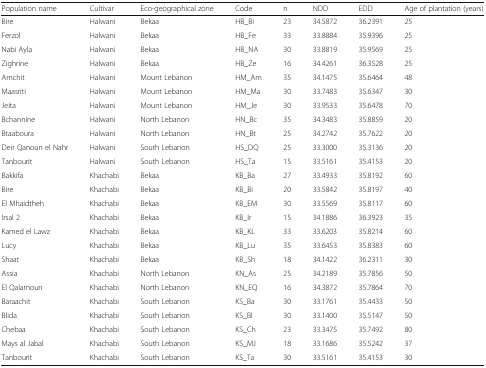
<table><thead><tr><td><b>Population name</b></td><td><b>Cultivar</b></td><td><b>Eco-geographical zone</b></td><td><b>Code</b></td><td><b>n</b></td><td><b>NDD</b></td><td><b>EDD</b></td><td><b>Age of plantation (years)</b></td></tr></thead><tbody><tr><td>Bire</td><td>Halwani</td><td>Bekaa</td><td>HB_Bi</td><td>23</td><td>34.5872</td><td>36.2391</td><td>25</td></tr><tr><td>Ferzol</td><td>Halwani</td><td>Bekaa</td><td>HB_Fe</td><td>33</td><td>33.8884</td><td>35.9396</td><td>25</td></tr><tr><td>Nabi Ayla</td><td>Halwani</td><td>Bekaa</td><td>HB_NA</td><td>30</td><td>33.8819</td><td>35.9569</td><td>25</td></tr><tr><td>Zighrine</td><td>Halwani</td><td>Bekaa</td><td>HB_Ze</td><td>16</td><td>34.4261</td><td>36.3528</td><td>25</td></tr><tr><td>Amchit</td><td>Halwani</td><td>Mount Lebanon</td><td>HM_Am</td><td>35</td><td>34.1475</td><td>35.6464</td><td>48</td></tr><tr><td>Maasriti</td><td>Halwani</td><td>Mount Lebanon</td><td>HM_Ma</td><td>30</td><td>33.7483</td><td>35.6347</td><td>30</td></tr><tr><td>Jeita</td><td>Halwani</td><td>Mount Lebanon</td><td>HM_Je</td><td>30</td><td>33.9533</td><td>35.6478</td><td>70</td></tr><tr><td>Bchannine</td><td>Halwani</td><td>North Lebanon</td><td>HN_Bc</td><td>35</td><td>34.3483</td><td>35.8859</td><td>20</td></tr><tr><td>Btaaboura</td><td>Halwani</td><td>North Lebanon</td><td>HN_Bt</td><td>25</td><td>34.2742</td><td>35.7622</td><td>20</td></tr><tr><td>Deir Qanoun el Nahr</td><td>Halwani</td><td>South Lebanon</td><td>HS_DQ</td><td>25</td><td>33.3000</td><td>35.3136</td><td>20</td></tr><tr><td>Tanbourit</td><td>Halwani</td><td>South Lebanon</td><td>HS_Ta</td><td>15</td><td>33.5161</td><td>35.4153</td><td>20</td></tr><tr><td>Bakkifa</td><td>Khachabi</td><td>Bekaa</td><td>KB_Ba</td><td>27</td><td>33.4933</td><td>35.8192</td><td>60</td></tr><tr><td>Bire</td><td>Khachabi</td><td>Bekaa</td><td>KB_Bi</td><td>20</td><td>33.5842</td><td>35.8197</td><td>40</td></tr><tr><td>El Mhaidtheh</td><td>Khachabi</td><td>Bekaa</td><td>KB_EM</td><td>30</td><td>33.5569</td><td>35.8117</td><td>60</td></tr><tr><td>Irsal 2</td><td>Khachabi</td><td>Bekaa</td><td>KB_Ir</td><td>15</td><td>34.1886</td><td>36.3923</td><td>35</td></tr><tr><td>Kamed el Lawz</td><td>Khachabi</td><td>Bekaa</td><td>KB_KL</td><td>33</td><td>33.6203</td><td>35.8214</td><td>60</td></tr><tr><td>Lucy</td><td>Khachabi</td><td>Bekaa</td><td>KB_Lu</td><td>35</td><td>33.6453</td><td>35.8383</td><td>60</td></tr><tr><td>Shaat</td><td>Khachabi</td><td>Bekaa</td><td>KB_Sh</td><td>18</td><td>34.1422</td><td>36.2311</td><td>30</td></tr><tr><td>Assia</td><td>Khachabi</td><td>North Lebanon</td><td>KN_As</td><td>25</td><td>34.2189</td><td>35.7856</td><td>50</td></tr><tr><td>El Qalamoun</td><td>Khachabi</td><td>North Lebanon</td><td>KN_EQ</td><td>16</td><td>34.3872</td><td>35.7864</td><td>70</td></tr><tr><td>Baraachit</td><td>Khachabi</td><td>South Lebanon</td><td>KS_Ba</td><td>30</td><td>33.1761</td><td>35.4433</td><td>50</td></tr><tr><td>Blida</td><td>Khachabi</td><td>South Lebanon</td><td>KS_Bl</td><td>30</td><td>33.1400</td><td>35.5147</td><td>50</td></tr><tr><td>Chebaa</td><td>Khachabi</td><td>South Lebanon</td><td>KS_Ch</td><td>23</td><td>33.3475</td><td>35.7492</td><td>80</td></tr><tr><td>Mays al Jabal</td><td>Khachabi</td><td>South Lebanon</td><td>KS_MJ</td><td>18</td><td>33.1686</td><td>35.5242</td><td>37</td></tr><tr><td>Tanbourit</td><td>Khachabi</td><td>South Lebanon</td><td>KS_Ta</td><td>30</td><td>33.5161</td><td>35.4153</td><td>30</td></tr></tbody></table>